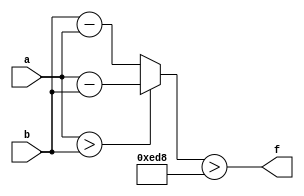
module wce_mit(a, b, f);
parameter _bit = 33;
parameter wce = 3800;
input [_bit - 1: 0] a;
input [_bit - 1: 0] b;
output f;
wire [_bit - 1: 0] diff;
assign diff = (a > b)? (a - b): (b - a);
assign f = (diff > wce);
endmodule